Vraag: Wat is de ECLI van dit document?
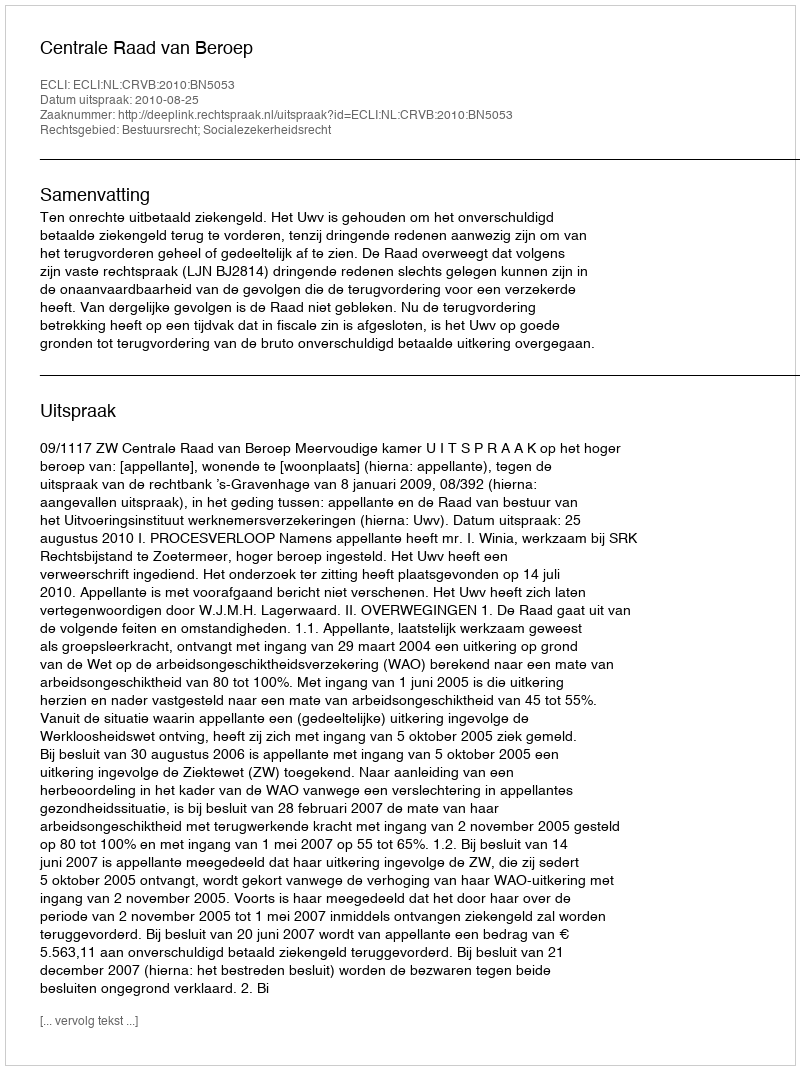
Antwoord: ECLI:NL:CRVB:2010:BN5053